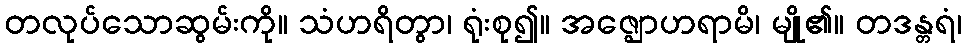
တလုပ်သောဆွမ်းကို။ သံဟရိတွာ၊ ရုံးစု၍။ အဇ္ဈောဟရာမိ၊ မျို၏။ တဒန္တရံ၊